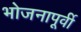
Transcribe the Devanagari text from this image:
भोजनापूर्वी